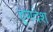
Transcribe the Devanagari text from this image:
हूणदेश